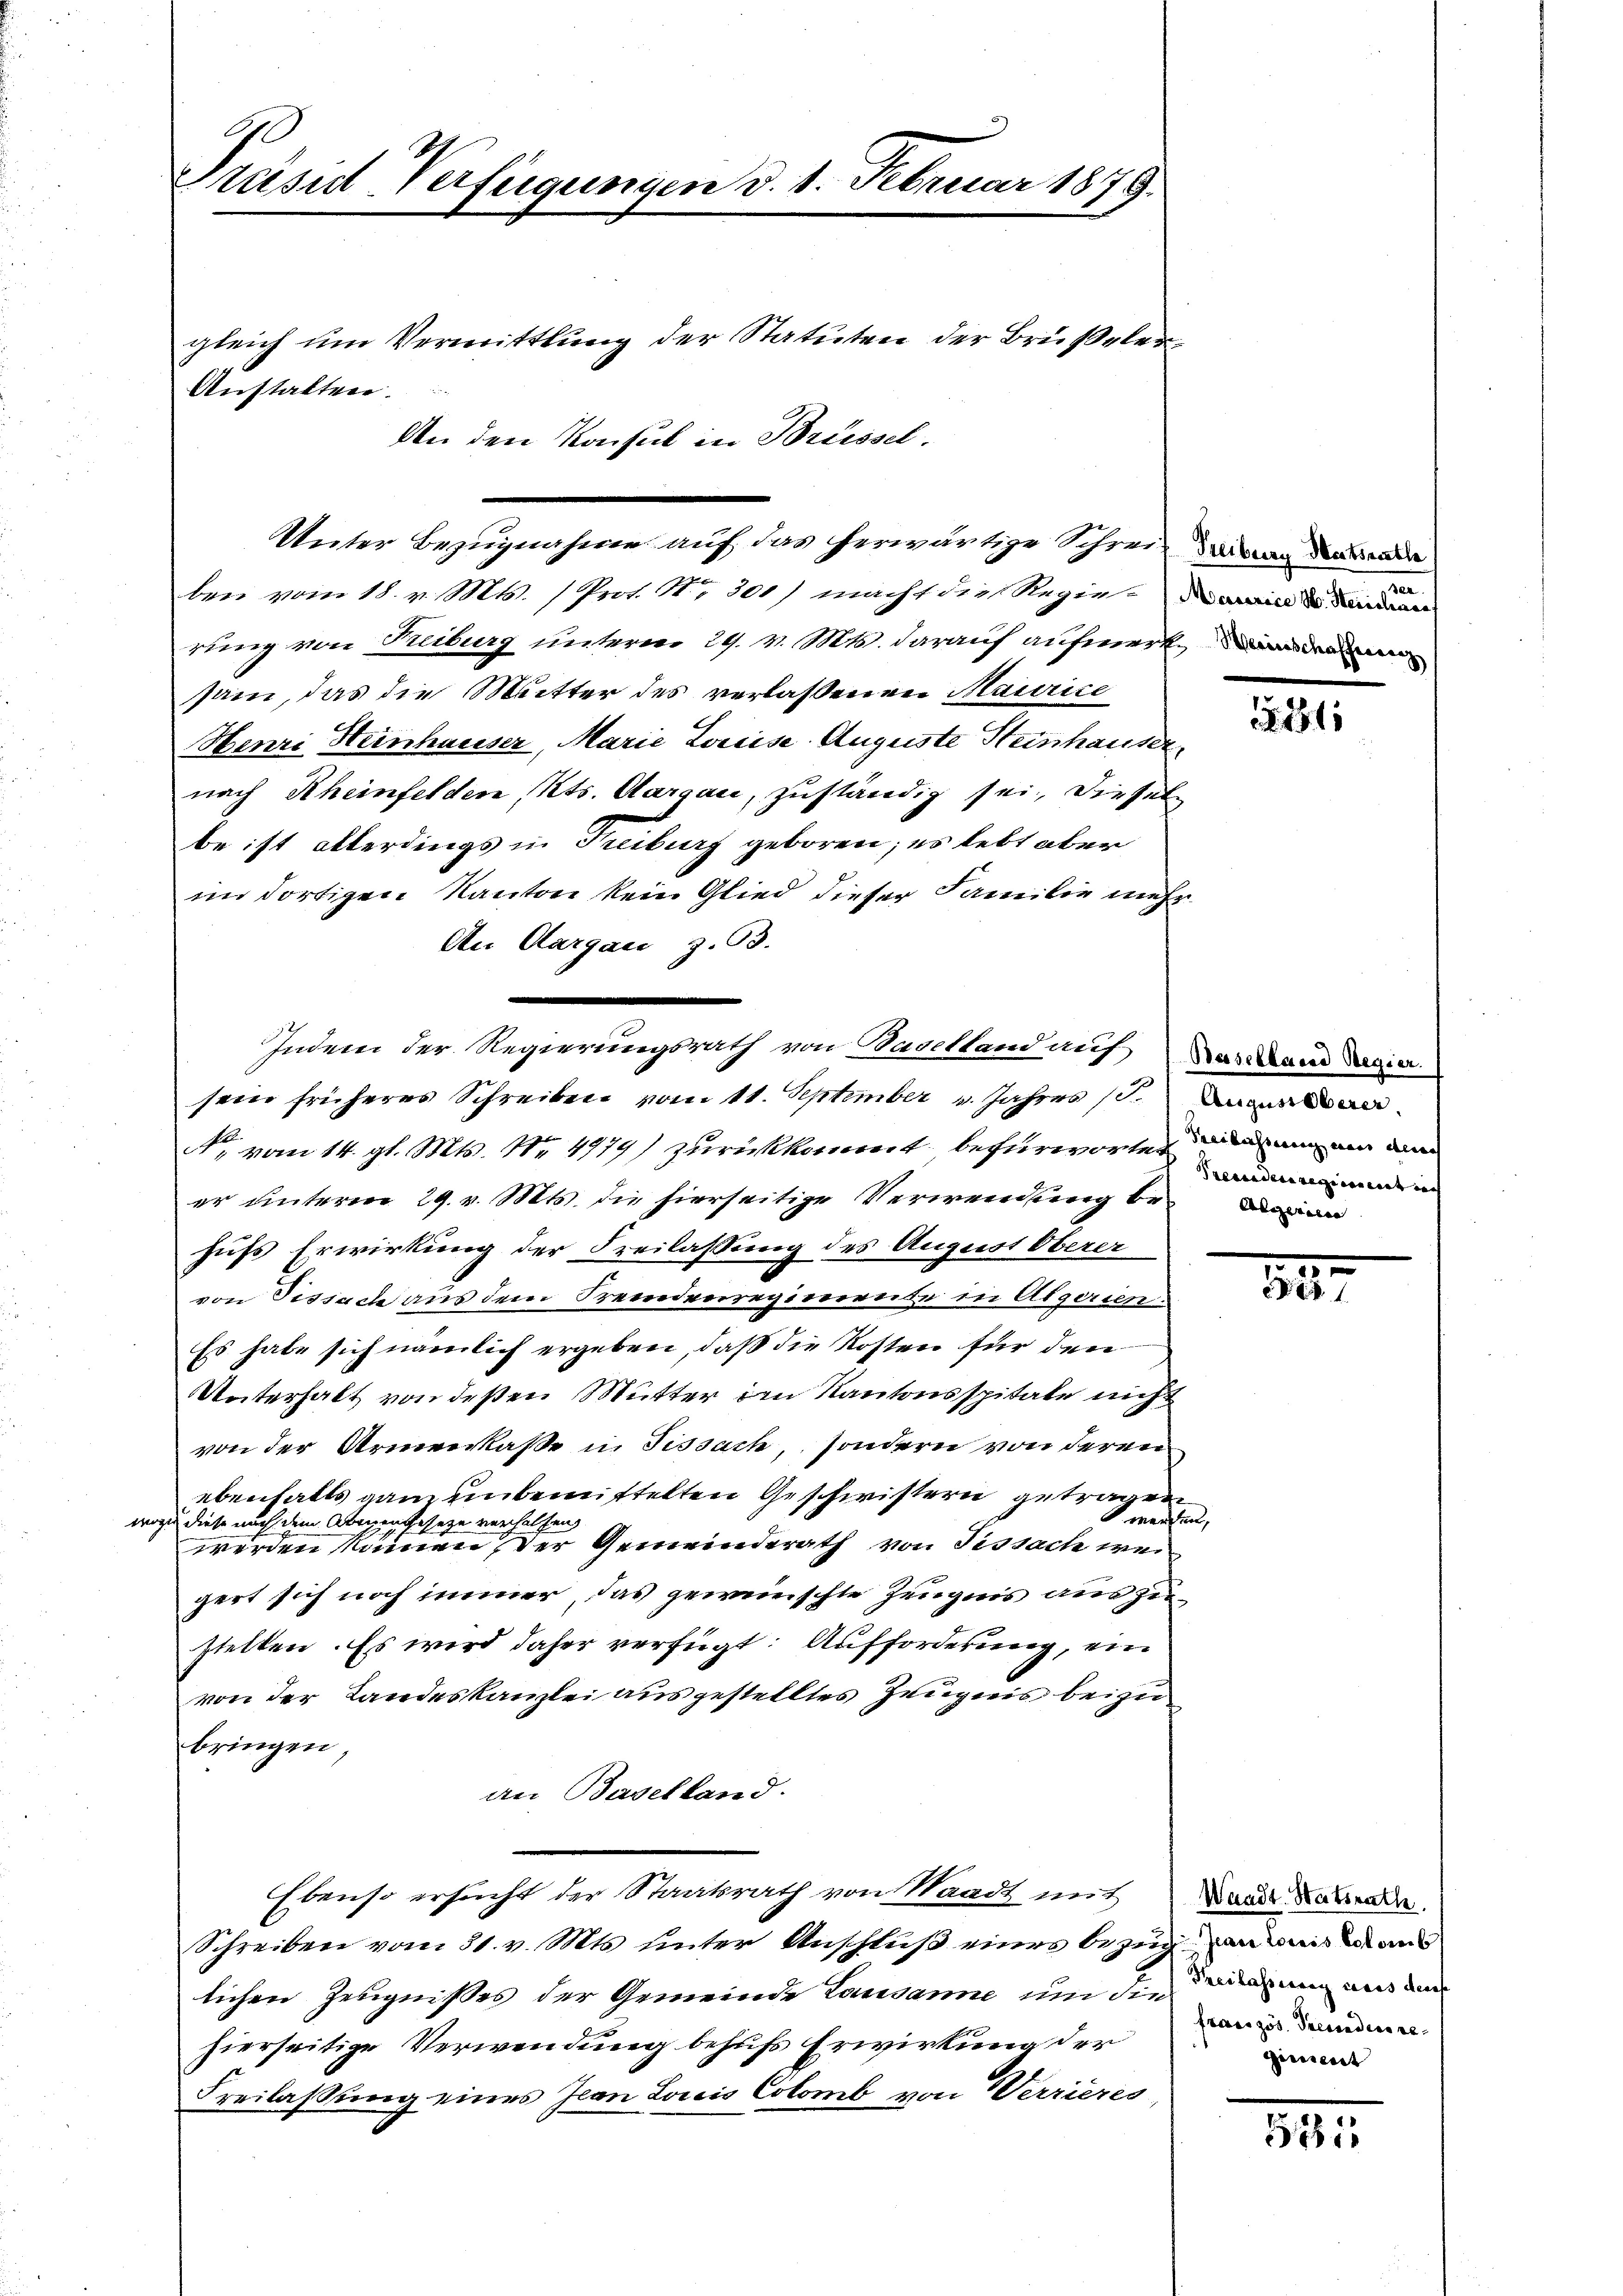
ben vom 18. v. Mts. (Prot. N. 301) macht die Regie-Warminde die
rung von Freiburg unterm 29. v. Mts. darauf aufmerk an den
sam, das die Mutter des verlassenen Maurice
Henri Heinhauser, Marie Loreise. Auguste Steinhauser,
nach Rheinfelden, Kts. Aargau, zuständig sei, dieselbe ist allerdings in Treiburg geboren; es lebt aber
im dortigen Kanton kein Glied dieser Familie mehr
An Aargau, z. 53.
b
T. vom 14. gl. Mts. Nr. 4979) zurückkommt befürworter an ain an
er unterm 29. v. Mts. die hierseitige Verwendung behufs Erwirkung der Freilassung des August Oberer
von Fissach aus dem Fremdenregimente in Algerien:
Es habe sich nämlich ergeben, daß die Kosten für den
Unterhalt von deßen Mutter im Kantonsspitale nicht
von der Armenkasse in Fissach, sondern von deren
ebenfalls ganz unbemittelten Geschwistern getragen
wante
wozu diese nach dem Abenengeseze verhelfen,
werden kämen, der Gemeinderath von Tissach weigert sich noch immer, das gewünschte Zeugnis auszustellen. Es wird daher verfügt: Aufforderung, ein
von der Landeskanzlei ausgestelltes Zeugnis beizu
bringen,
an Baselland.
Ebenso ersucht der Staatsrath von Waadt mit
Schreiben vom 31. v. Mts. unter Anschluß eines bezug an mit dan
lichen Zeugnißes der Gemeinde Lausanne um die Todesung aus den
hierseitige Verwendung behufs Erwirkung der
Freilassung eines Jean Louis Colomb von Werrieres

Präsid-Verfügungen d. 1. Februar 1879.
gleich um Vermittlung der Statuten der Brüßelen
Anstalten.
An den Konsul in Brüssel.

Unter Bezugnahme auf das herwärtige Schrei

Indem der Regierungsrath von Baselland auf Vorkam Sagia.
sein früheres Schreiben vom 11. September v. Jahres (T.

Treiburg Hatsrathe

281

August berer
Presandere regiere vier in

15.
537

Waadt Statsrath
französ. Preceders re¬
Giseitert

3.

18